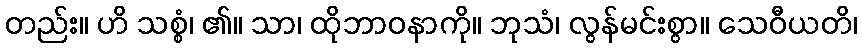
တည်း။ ဟိ သစ္စံ၊ ၏။ သာ၊ ထိုဘာဝနာကို။ ဘုသံ၊ လွန်မင်းစွာ။ သေဝီယတိ၊